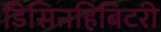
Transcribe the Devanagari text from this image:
डिसिनहिबिटरी